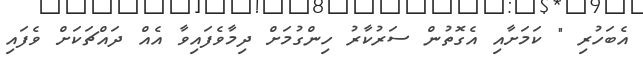
އެބަހުރި " ކަމަށާއި އެގޮތުން ސަރުކާރު ހިންގުމަށް ދިމާވެފައިވާ އެއް ދައްޗަކަށް ވެފައި